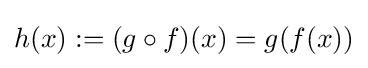
h(x):=(g\circ f)(x)=g(f(x))